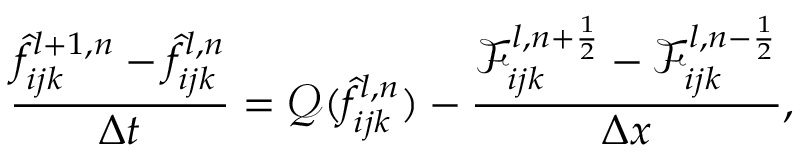
\frac { \hat { f } _ { i j k } ^ { l + 1 , n } - \hat { f } _ { i j k } ^ { l , n } } { \Delta t } = \mathcal { Q } ( \hat { f } _ { i j k } ^ { l , n } ) - \frac { \mathcal { F } _ { i j k } ^ { l , n + \frac { 1 } { 2 } } - \mathcal { F } _ { i j k } ^ { l , n - \frac { 1 } { 2 } } } { \Delta x } ,